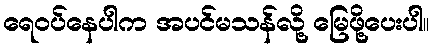
ရေဝပ်နေပါက အပင်မသန်လို့ မြေဖို့ပေးပါ။